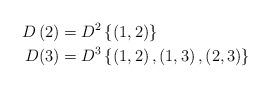
LaTeX: \begin{align*}D\left( 2\right) & =D^{2}\left\{ \left( 1,2\right) \right\} \\D(3) & =D^{3}\left\{ \left( 1,2\right) ,\left( 1,3\right) ,\left(2,3\right) \right\}\end{align*}